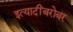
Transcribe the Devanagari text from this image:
इत्यादींबरोबर